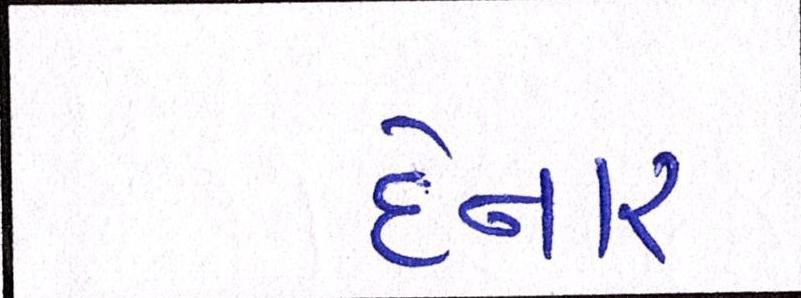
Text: દેનારા